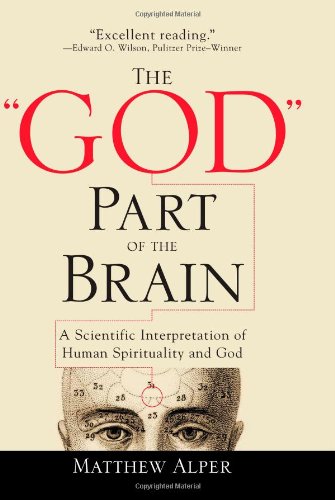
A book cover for The "God" Part of the Brain: A Scientific Interpretation of Human Spirituality and God; Matthew Alper; Health, Fitness & Dieting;